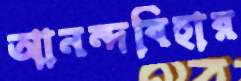
আনন্দবিহার